65_HS1-834228961_62-HQ-83894_Section_10
Agency: FBI
Page 83
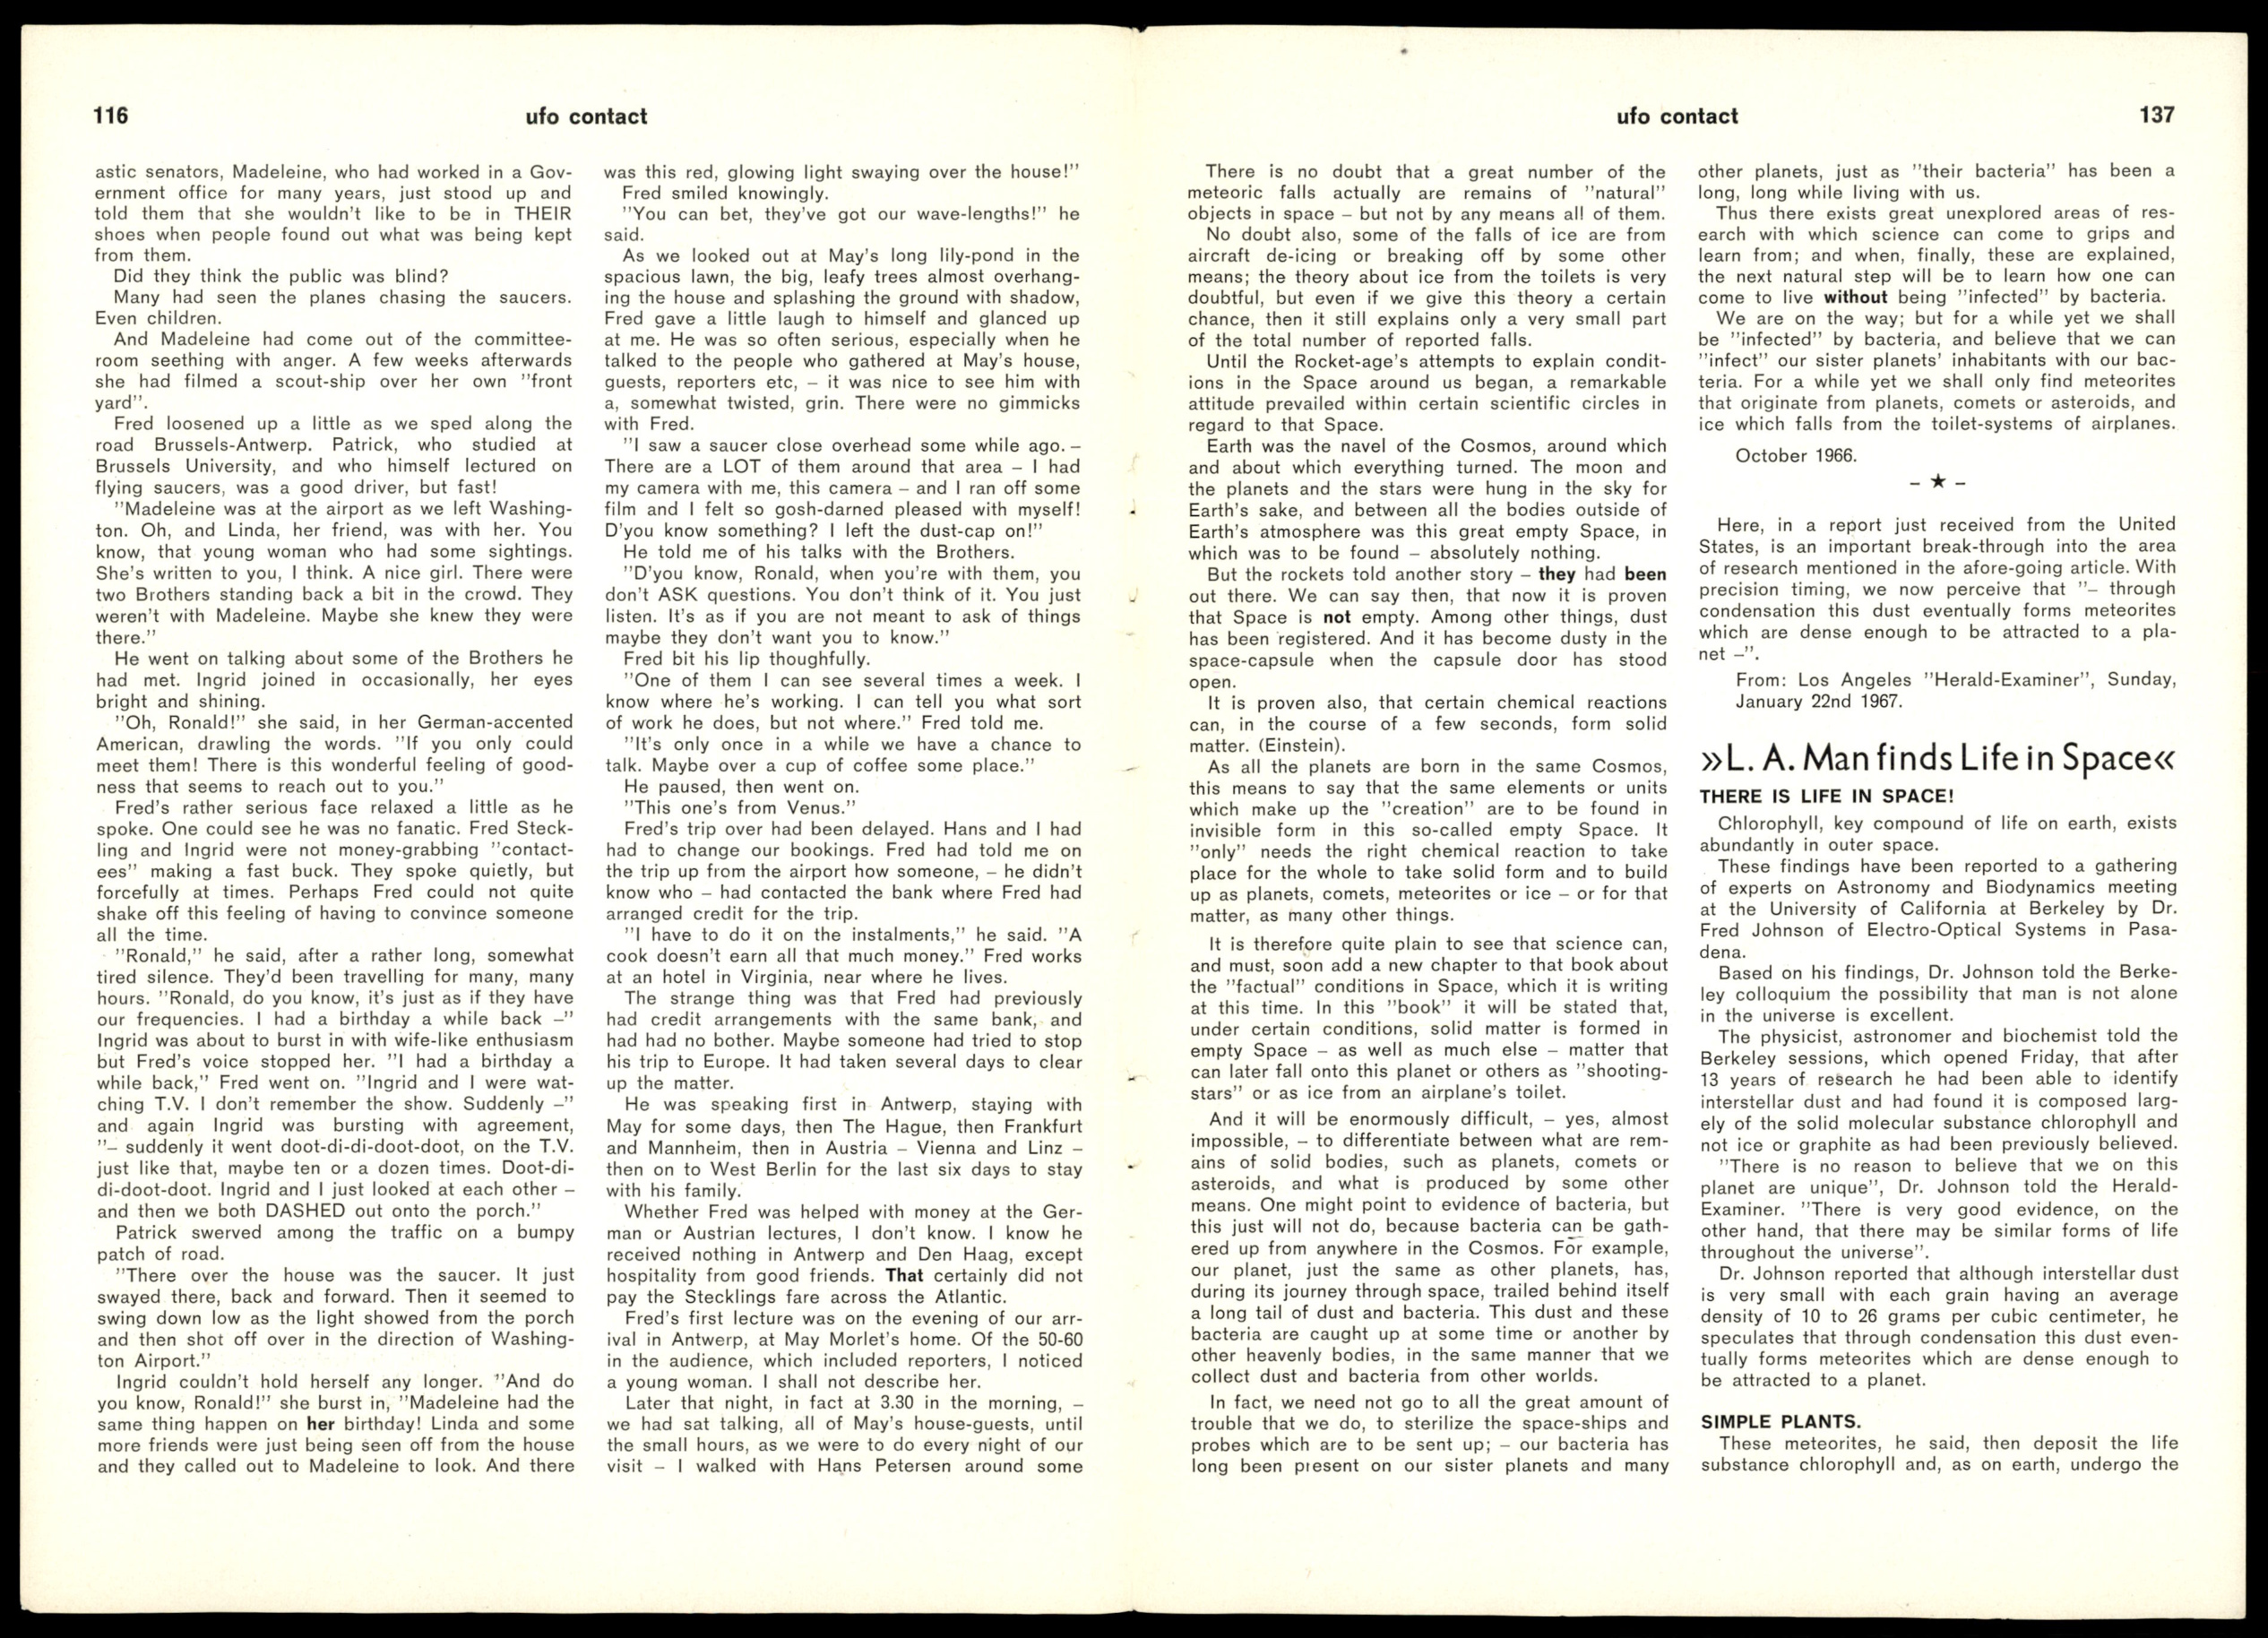